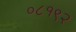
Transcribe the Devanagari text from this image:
०८१९२